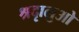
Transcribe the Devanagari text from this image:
श्रदृालुओ